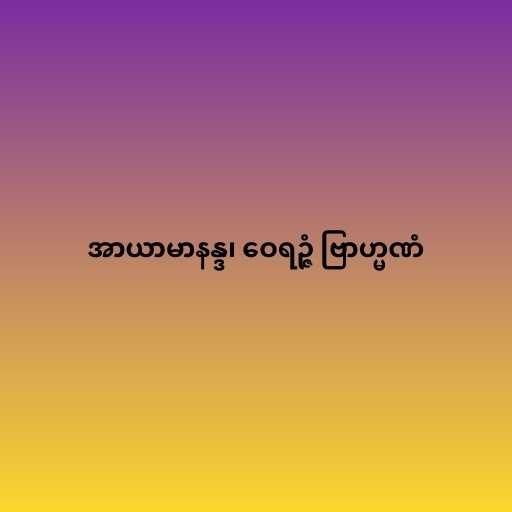
အာယာမာနန္ဒ၊ ဝေရဉ္ဇံ ဗြာဟ္မဏံ